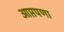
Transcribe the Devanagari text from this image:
आप्तपणा